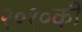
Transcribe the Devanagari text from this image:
२०१०की